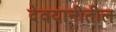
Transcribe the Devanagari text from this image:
देवयानीतील